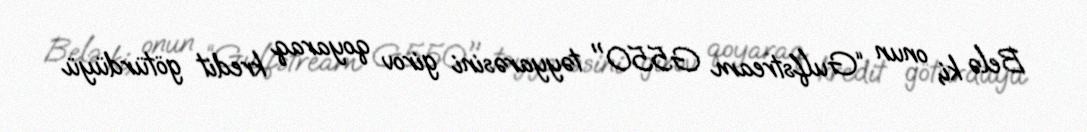
Belə ki, onun “Gulfstream G550" təyyarəsini girov qoyaraq kredit götürdüyü